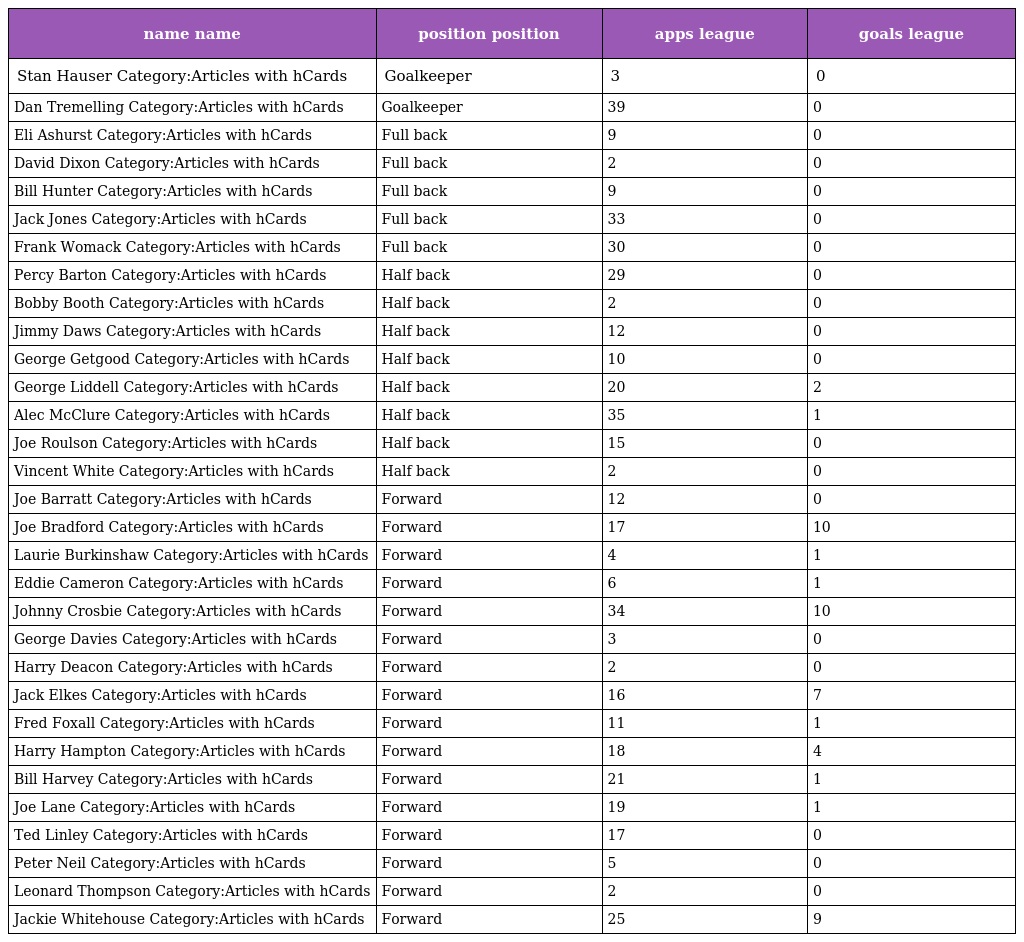
| name name | position position | apps league | goals league |
 | --- | --- | --- | --- |
 | Stan Hauser Category:Articles with hCards | Goalkeeper | 3 | 0 |
 | Dan Tremelling Category:Articles with hCards | Goalkeeper | 39 | 0 |
 | Eli Ashurst Category:Articles with hCards | Full back | 9 | 0 |
 | David Dixon Category:Articles with hCards | Full back | 2 | 0 |
 | Bill Hunter Category:Articles with hCards | Full back | 9 | 0 |
 | Jack Jones Category:Articles with hCards | Full back | 33 | 0 |
 | Frank Womack Category:Articles with hCards | Full back | 30 | 0 |
 | Percy Barton Category:Articles with hCards | Half back | 29 | 0 |
 | Bobby Booth Category:Articles with hCards | Half back | 2 | 0 |
 | Jimmy Daws Category:Articles with hCards | Half back | 12 | 0 |
 | George Getgood Category:Articles with hCards | Half back | 10 | 0 |
 | George Liddell Category:Articles with hCards | Half back | 20 | 2 |
 | Alec McClure Category:Articles with hCards | Half back | 35 | 1 |
 | Joe Roulson Category:Articles with hCards | Half back | 15 | 0 |
 | Vincent White Category:Articles with hCards | Half back | 2 | 0 |
 | Joe Barratt Category:Articles with hCards | Forward | 12 | 0 |
 | Joe Bradford Category:Articles with hCards | Forward | 17 | 10 |
 | Laurie Burkinshaw Category:Articles with hCards | Forward | 4 | 1 |
 | Eddie Cameron Category:Articles with hCards | Forward | 6 | 1 |
 | Johnny Crosbie Category:Articles with hCards | Forward | 34 | 10 |
 | George Davies Category:Articles with hCards | Forward | 3 | 0 |
 | Harry Deacon Category:Articles with hCards | Forward | 2 | 0 |
 | Jack Elkes Category:Articles with hCards | Forward | 16 | 7 |
 | Fred Foxall Category:Articles with hCards | Forward | 11 | 1 |
 | Harry Hampton Category:Articles with hCards | Forward | 18 | 4 |
 | Bill Harvey Category:Articles with hCards | Forward | 21 | 1 |
 | Joe Lane Category:Articles with hCards | Forward | 19 | 1 |
 | Ted Linley Category:Articles with hCards | Forward | 17 | 0 |
 | Peter Neil Category:Articles with hCards | Forward | 5 | 0 |
 | Leonard Thompson Category:Articles with hCards | Forward | 2 | 0 |
 | Jackie Whitehouse Category:Articles with hCards | Forward | 25 | 9 |